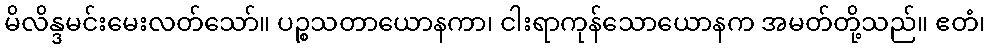
မိလိန္ဒမင်းမေးလတ်သော်။ ပဉ္စသတာယောနကာ၊ ငါးရာကုန်သောယောနက အမတ်တို့သည်။ ဧတံ၊